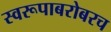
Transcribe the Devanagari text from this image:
स्वरूपाबरोबरच